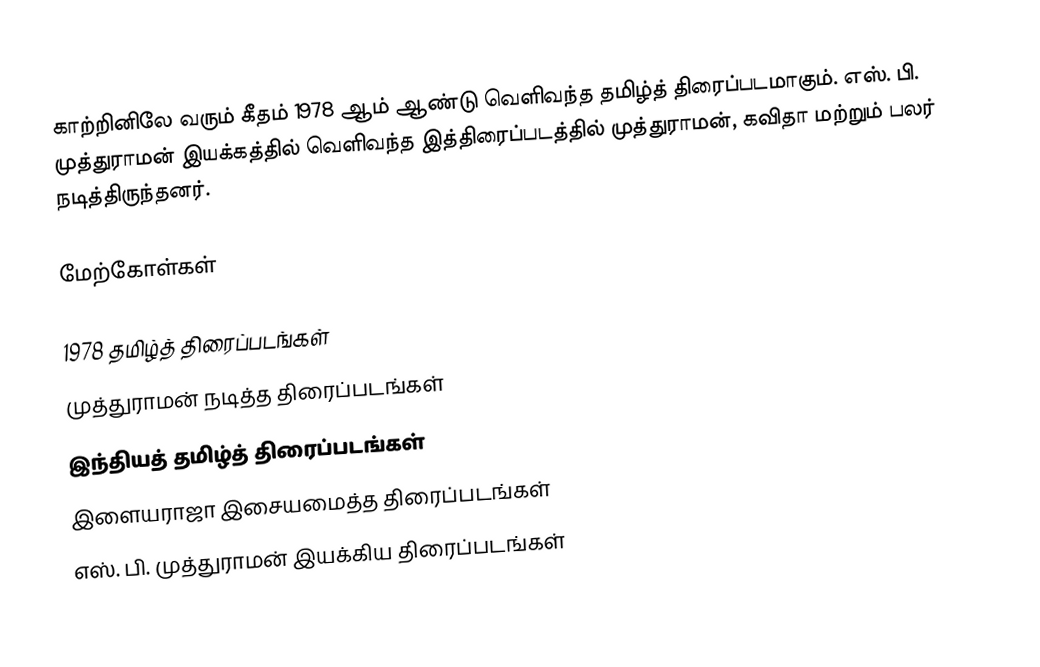
காற்றினிலே வரும் கீதம் 1978 ஆம் ஆண்டு வெளிவந்த தமிழ்த் திரைப்படமாகும். எஸ். பி. முத்துராமன் இயக்கத்தில் வெளிவந்த இத்திரைப்படத்தில் முத்துராமன், கவிதா மற்றும் பலர் நடித்திருந்தனர்.

மேற்கோள்கள்

1978 தமிழ்த் திரைப்படங்கள்
முத்துராமன் நடித்த திரைப்படங்கள்
இந்தியத் தமிழ்த் திரைப்படங்கள்
இளையராஜா இசையமைத்த திரைப்படங்கள்
எஸ். பி. முத்துராமன் இயக்கிய திரைப்படங்கள்